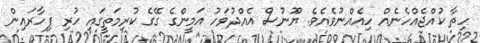
ހިތާ ކުއްޖެއްހެނެއް ހިއެއްނުވެއެވެ. ޔޫނުސް އެއްދުވަހު އަމީންގެ ގޭގެ ކުރިމަތީގައި ހުރި ފިހާރައިން